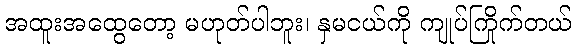
အထူးအထွေတော့ မဟုတ်ပါဘူး၊ နှမငယ်ကို ကျုပ်ကြိုက်တယ်